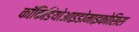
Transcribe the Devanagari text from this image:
कॉकिडियोआइडोमाइकोसिस